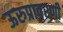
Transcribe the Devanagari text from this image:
ऊरुप्रावरणी